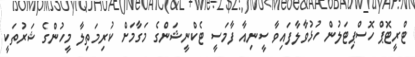
ޓްރީޓޮޕް ހޮސްޕިޓަލުން ހުޅުވާލާފައިވާ ސީނިއާ ފާމަސީ ޓެކްނީޝަންގެ މަގާމަށް ކުރިމަތިލާ މީހުންގެ ޝަރުތަކީ